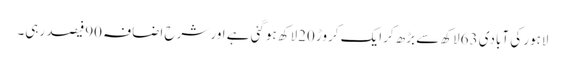
لاہور کی آبادی 63لاکھ سے بڑھ کرایک کروڑ 20لاکھ ہوگئی ہے اور شرح اضافہ 90فیصد رہی۔